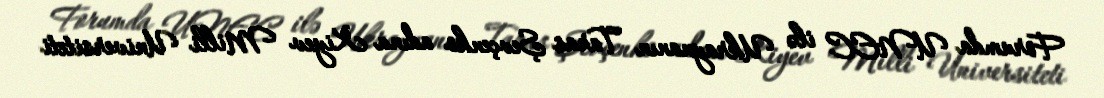
Forumda UNEC ilə Ukraynanın Taras Şevçenko adına Kiyev Milli Universiteti